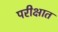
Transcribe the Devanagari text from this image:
परीक्षात